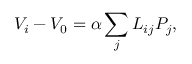
V _ { i } - V _ { 0 } = \alpha \sum _ { j } L _ { i j } P _ { j } ,